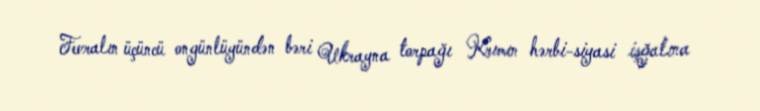
Fevralın üçüncü ongünlüyündən bəri Ukrayna torpağı Krımın hərbi-siyasi işğalına